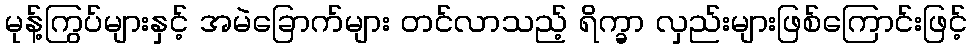
မုန့်ကြွပ်များနှင့် အမဲခြောက်များ တင်လာသည့် ရိက္ခာ လှည်းများဖြစ်ကြောင်းဖြင့်